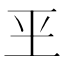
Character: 𰡮